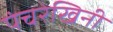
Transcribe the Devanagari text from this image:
पंचरेखिनी